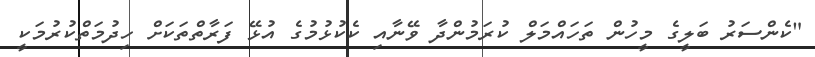
"ކެންސަރު ބަލީގެ މީހުން ތަހައްމަލް ކުރަމުންދާ ވޭނާއި ކެކުޅުމުގެ އުޅޭ ފަރާތްތަކަށް ހިދުމަތްކުރުމަކީ